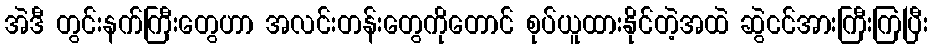
အဲဒီ တွင်းနက်ကြီးတွေဟာ အလင်းတန်းတွေကိုတောင် စုပ်ယူထားနိုင်တဲ့အထဲ ဆွဲငင်အားကြီးကြပြီး